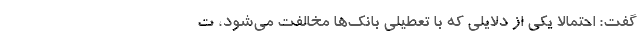
گفت: احتمالاً یکی از دلایلی که با تعطیلی بانک‌ها مخالفت می‌شود، ت